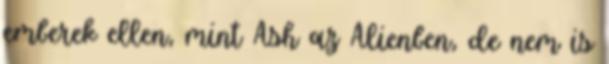
emberek ellen, mint Ash az Alienben, de nem is